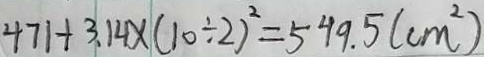
4 7 1 + 3 . 1 4 \times ( 1 0 \div 2 ) ^ { 2 } = 5 4 9 . 5 ( c m ^ { 2 } )